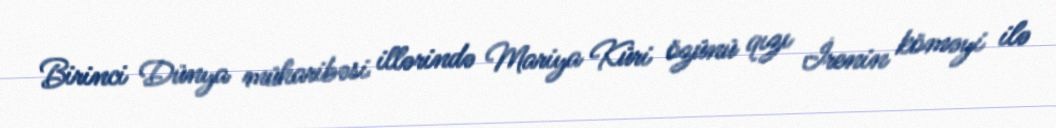
Birinci Dünya müharibəsi illərində Mariya Küri özünü qızı İrenin köməyi ilə